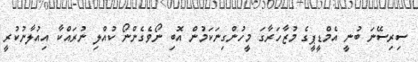
ސިރިސޭނަ ބުނީ އެމްޑީޕީގެ މުޒާހަރާގަ މީހުންގިނަކަމުން އޮބި ނޯވެގެންނޯ ކުއްލި ނުރައްކާ އިއުލާނުކުރީ